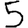
Digit: 5